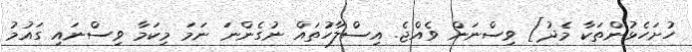
ހުށަހެޅުންތަކާ މެދު] ވިސްނަން ވެއްޖެ. އިސްލާހުތައް ނުގެންނަ ނަމަ މިކަމާ ވިސްނައި ގައުމު